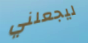
ليجعلني